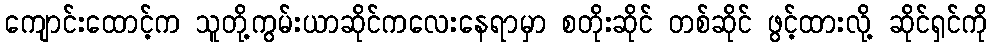
ကျောင်းထောင့်က သူတို့ကွမ်းယာဆိုင်ကလေးနေရာမှာ စတိုးဆိုင် တစ်ဆိုင် ဖွင့်ထားလို့ ဆိုင်ရှင်ကို